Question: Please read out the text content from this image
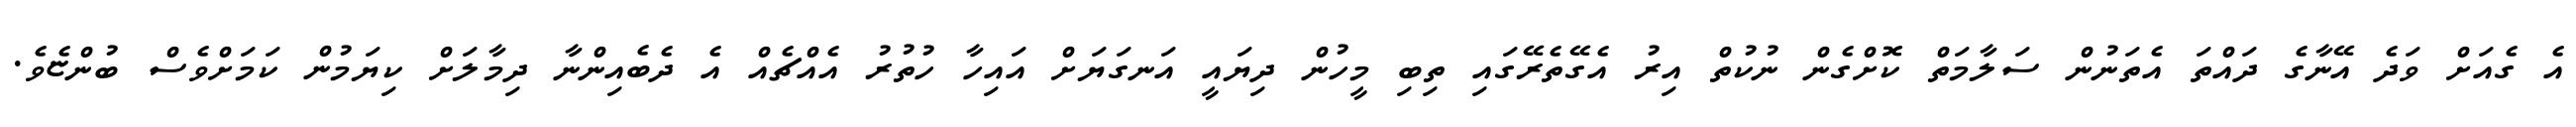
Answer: އެ ގެއަށް ވަދެ އޭނާގެ ދައްތަ އެތަނުން ސަލާމަތް ކޮށްގެން ނުކުތް އިރު އެގޭތެރޭގައި ތިބި މީހުން ދިޔައީ އަނގަޔަށް އައިހާ ހުތުރު އެއްޗެއް އެ ދެބެއިންނާ ދިމާލަށް ކިޔަމުން ކަމަށްވެސް ބުންޏެވެ.